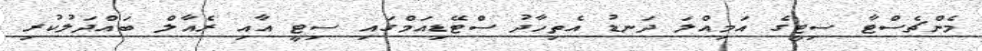
މެންޗެސްޓާ ސިޓީގެ އަމިއްލަ ދަނޑު އެތިހާދު ސްޓޭޑިއަމްގައި ސިޓީ އާއި ރެއާލް ބައްދަލުކުރި